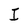
Character: I